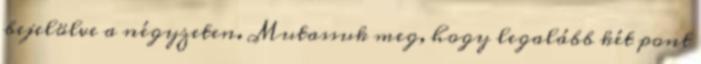
bejelölve a négyzeten. Mutassuk meg, hogy legalább két pont